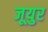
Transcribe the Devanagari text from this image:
जूयुर